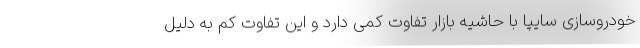
خودروسازی سایپا با حاشیه بازار تفاوت کمی دارد و این تفاوت کم به دلیل